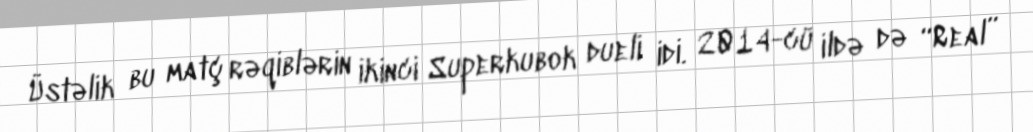
Üstəlik bu matç rəqiblərin ikinci Superkubok dueli idi. 2014-cü ildə də “Real”